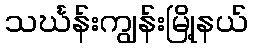
သင်္ဃန်းကျွန်းမြို့နယ်